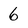
Character: 6